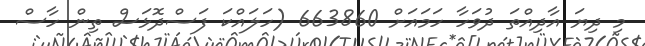
މި ދިޔަ އާދިއްތަ ދުވަހާ ހަމައަށް 663860 (ހަލައްކަ ފަސްދޮޅަސް ތިން ހާސް